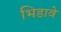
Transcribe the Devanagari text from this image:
भिडावे